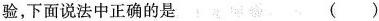
验，下面说法中正确的是 ()